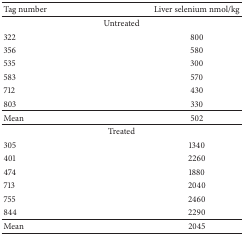
<table><thead><tr><td><b>Tag number</b></td><td><b>Liver selenium nmol/kg</b></td></tr></thead><tbody><tr><td colspan="2">Untreated</td></tr><tr><td>322</td><td>800</td></tr><tr><td>356</td><td>580</td></tr><tr><td>535</td><td>300</td></tr><tr><td>583</td><td>570</td></tr><tr><td>712</td><td>430</td></tr><tr><td>803</td><td>330</td></tr><tr><td>Mean</td><td>502</td></tr><tr><td colspan="2">Treated</td></tr><tr><td>305</td><td>1340</td></tr><tr><td>401</td><td>2260</td></tr><tr><td>474</td><td>1880</td></tr><tr><td>713</td><td>2040</td></tr><tr><td>755</td><td>2460</td></tr><tr><td>844</td><td>2290</td></tr><tr><td>Mean</td><td>2045</td></tr></tbody></table>